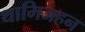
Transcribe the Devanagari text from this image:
थामिजहन